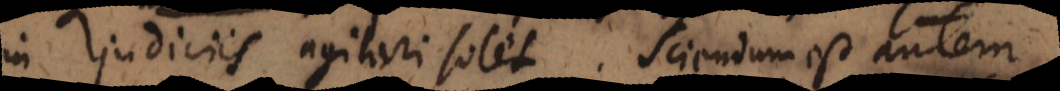
in judiciis agitari solet. Sciendum est autem